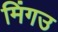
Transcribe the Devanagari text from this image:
मिंगउ